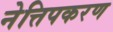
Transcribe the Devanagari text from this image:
नेत्तिपकरण